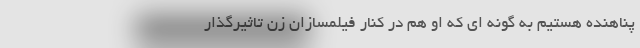
پناهنده هستیم به گونه ای که او هم در کنار فیلمسازان زن تاثیرگذار